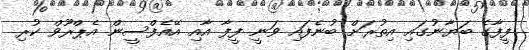
ފީފާގެ ބަޔާނުގައި އިތުރަށް ބުނެފައި ވަނީ ފީފާ އާއި އޭއެފްސީން އެޕްރޫވް ކުރި